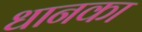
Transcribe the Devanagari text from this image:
धानका